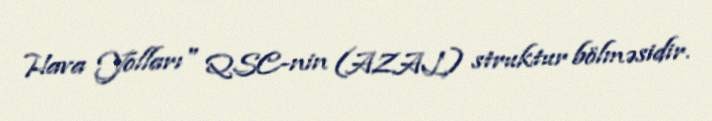
Hava Yolları" QSC-nin (AZAL) struktur bölməsidir.